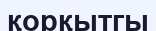
қорқытгы